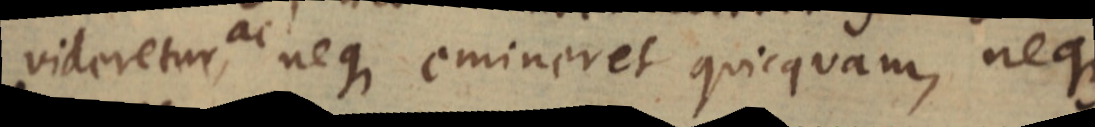
videretur, ac neque emineret quicquam, neque